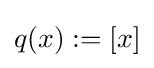
q(x):=[x]